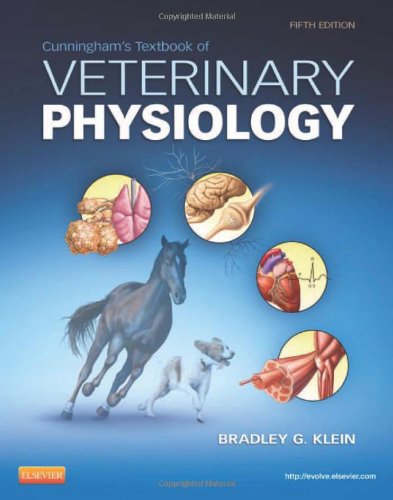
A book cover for Cunningham's Textbook of Veterinary Physiology, 5e; Bradley G. Klein PhD; Medical Books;